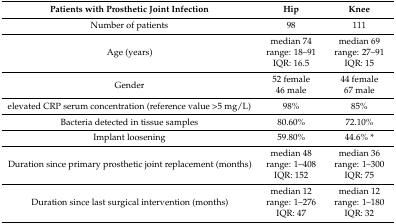
<table><thead><tr><td><b>Patients with Prosthetic Joint Infection</b></td><td><b>Hip</b></td><td><b>Knee</b></td></tr></thead><tbody><tr><td>Number of patients</td><td>98</td><td>111</td></tr><tr><td rowspan="3">Age (years)</td><td>median 74 </td><td>median 69 </td></tr><tr><td>range: 18–91</td><td>range: 27–91</td></tr><tr><td>IQR: 16.5</td><td>IQR: 15</td></tr><tr><td rowspan="2">Gender</td><td>52 female</td><td>44 female</td></tr><tr><td>46 male</td><td>67 male</td></tr><tr><td>elevated CRP serum concentration (reference value &gt;5 mg/L)</td><td>98%</td><td>85%</td></tr><tr><td>Bacteria detected in tissue samples </td><td>80.60%</td><td>72.10%</td></tr><tr><td>Implant loosening</td><td>59.80%</td><td>44.6% *</td></tr><tr><td rowspan="3">Duration since primary prosthetic joint replacement (months)</td><td>median 48</td><td>median 36</td></tr><tr><td>range: 1–408 </td><td>range: 1–300</td></tr><tr><td>IQR: 152</td><td>IQR: 75</td></tr><tr><td rowspan="3">Duration since last surgical intervention (months)</td><td>median 12</td><td>median 12</td></tr><tr><td>range: 1–276</td><td>range: 1–180</td></tr><tr><td>IQR: 47</td><td>IQR: 32</td></tr></tbody></table>